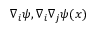
\nabla _ { i } \psi , \nabla _ { i } \nabla _ { j } \psi ( { x } )